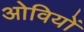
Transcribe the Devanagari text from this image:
ओवियों